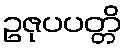
ဥဇုပပတ္တိ